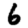
Digit: 6